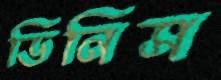
ডিনিস